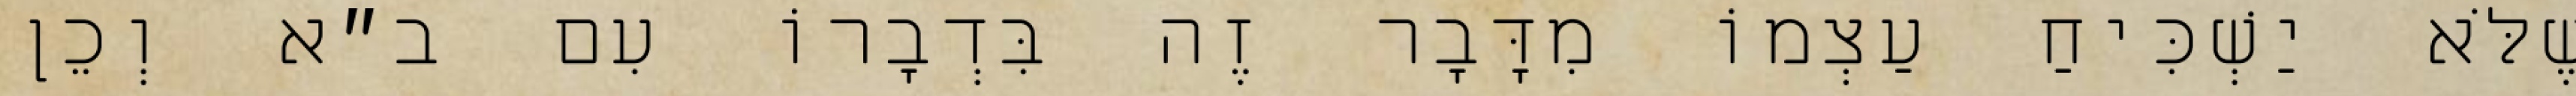
שֶׁלֹּא יַשְׁכִּיחַ עַצְמוֹ מִדָּבָר זֶה בִּדְבָרוֹ עִם ב״א וְכֵן